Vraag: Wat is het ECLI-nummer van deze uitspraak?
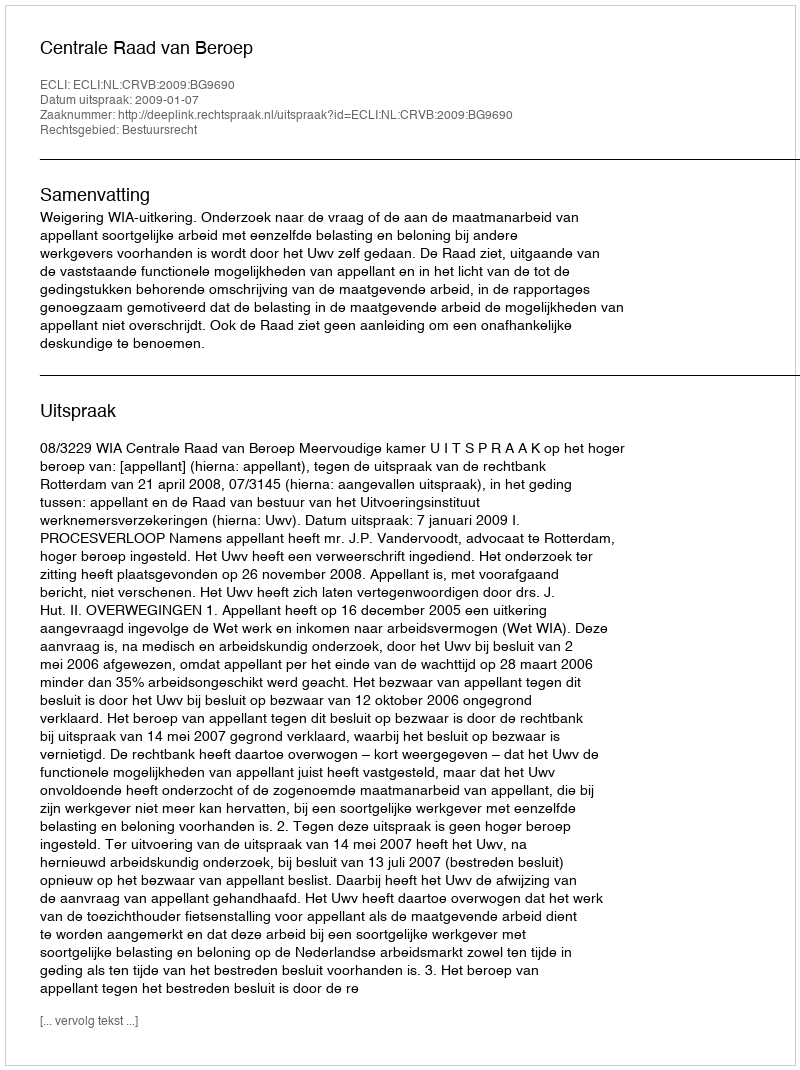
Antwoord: ECLI:NL:CRVB:2009:BG9690